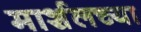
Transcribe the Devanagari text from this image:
मार्शलच्या